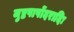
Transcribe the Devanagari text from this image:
जुष्टपार्षोदरादिः